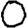
Digit: 0